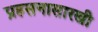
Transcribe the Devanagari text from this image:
प्रहसनासारखी